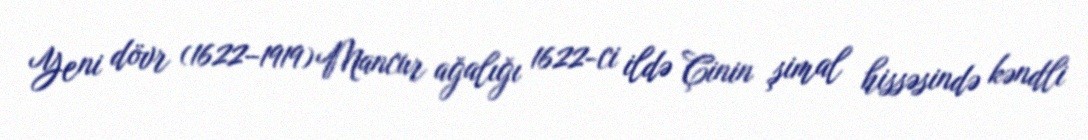
Yeni dövr (1622–1919) Mancur ağalığı 1622-ci ildə Çinin şimal hissəsində kəndli